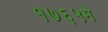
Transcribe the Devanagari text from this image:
१७६५मे